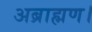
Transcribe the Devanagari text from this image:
अब्राह्मण।